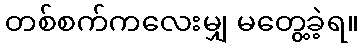
တစ်စက်ကလေးမျှ မတွေ့ခဲ့ရ။